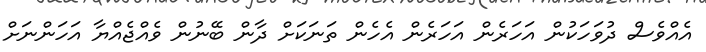
އެއްވެސް ދުވަހަކުން އަހަރެން އަހަރެން އެހެން ތަނަކަށް ދާން ބޭނުން ވެއްޖެއްޔާ އަހަންނަށް